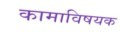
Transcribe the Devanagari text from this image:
कामाविषयक